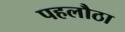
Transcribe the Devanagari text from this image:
पहलौठा